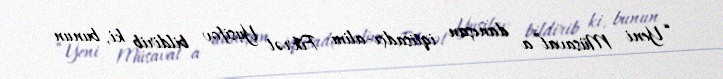
“Yeni Müsavat”a danışan iqtisadçı-alim Fikrət Yusifov bildirib ki, bunun